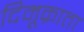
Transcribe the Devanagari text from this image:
दिमूक्राता